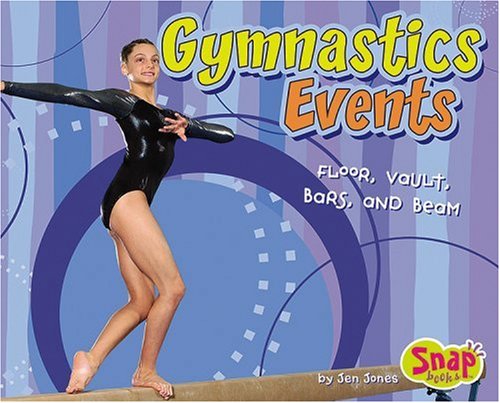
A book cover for Gymnastics Events: Floor, Vault, Bars, and Beam; Jen Jones; Sports & Outdoors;